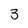
Character: 3